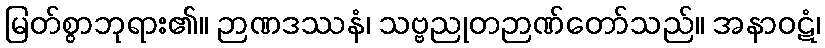
မြတ်စွာဘုရား၏။ ဉာဏဒဿနံ၊ သဗ္ဗညုတဉာဏ်တော်သည်။ အနာဝဋံ၊